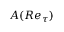
A ( R e _ { \tau } )